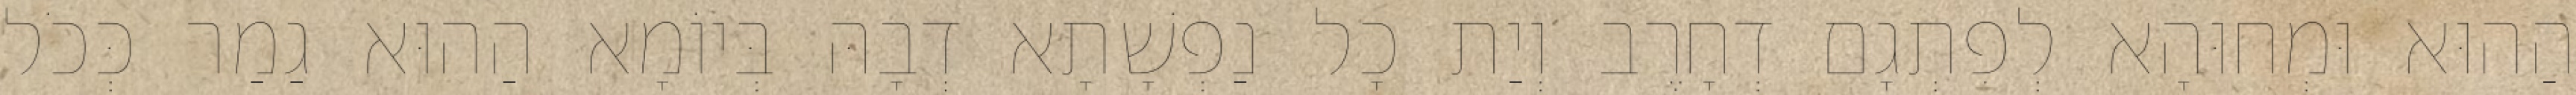
הַהוּא וּמְחוּהָא לְפִתְגָם דְחָרֶב וְיַת כָל נַפְשָׁתָא דְבָהּ בְּיוֹמָא הַהוּא גַמַר כְּכֹל